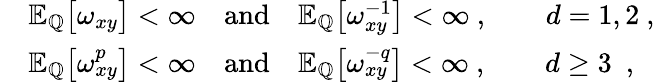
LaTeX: \begin{array}{rl}&{{\mathbb E}_{\mathbb Q}\big[\omega_{xy}\big]<\infty\quad\mathrm{and}\quad{\mathbb E}_{\mathbb Q}\big[\omega_{xy}^{-1}\big]<\infty\ ,\qquad d=1,2\ ,}\\ &{{\mathbb E}_{\mathbb Q}\big[\omega_{xy}^{p}\big]<\infty\quad\mathrm{and}\quad{\mathbb E}_{\mathbb Q}\big[\omega_{xy}^{-q}\big]<\infty\ ,\qquad d\ge 3\ \ ,}\end{array}